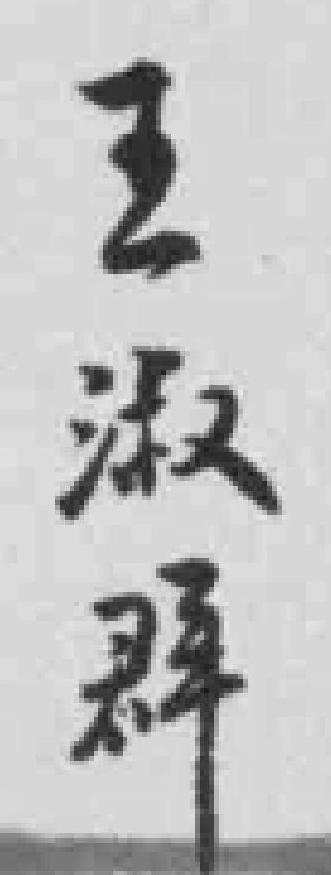
王淑群